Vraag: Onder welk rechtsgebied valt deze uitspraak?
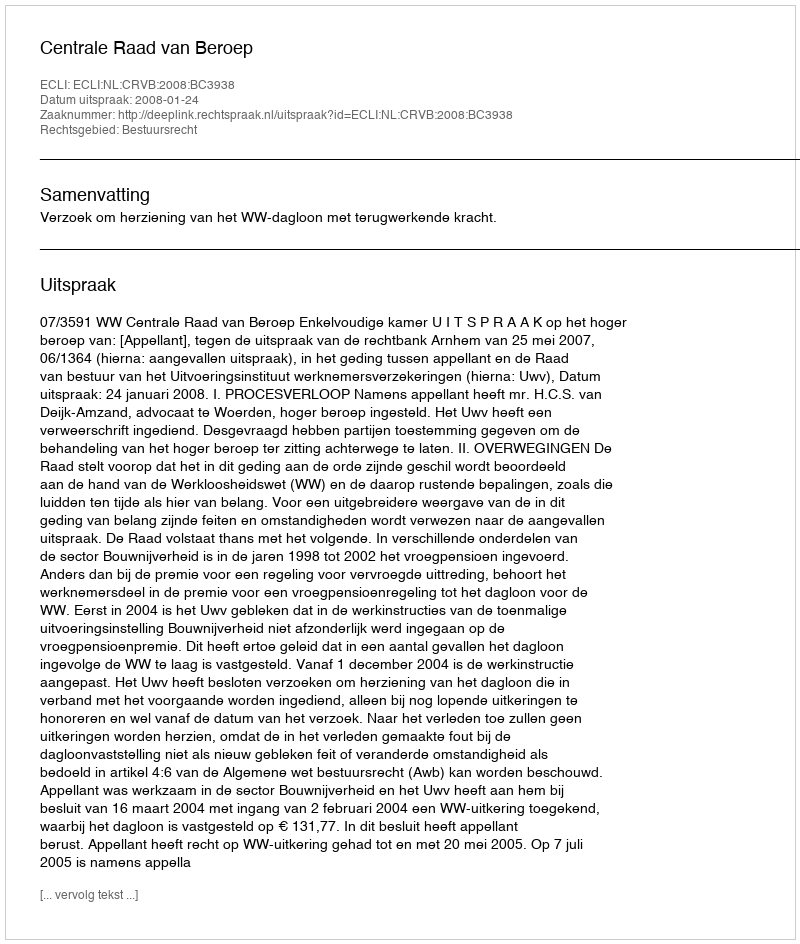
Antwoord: Bestuursrecht